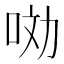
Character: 𱒣